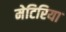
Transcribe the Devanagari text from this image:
मेटिरिया